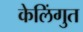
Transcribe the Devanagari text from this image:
केलिंगुत